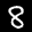
Label: 8